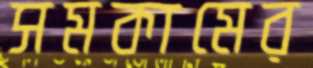
সমকামের